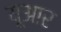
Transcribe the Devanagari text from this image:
यूआर